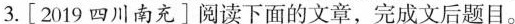
3.[2019四川南充]阅读下面的文章，完成文后题目。